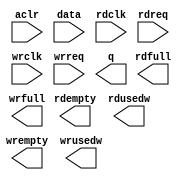
module alt_fifo_32b_64w (
	aclr,
	data,
	rdclk,
	rdreq,
	wrclk,
	wrreq,
	q,
	rdempty,
	rdfull,
	rdusedw,
	wrempty,
	wrfull,
	wrusedw);

	input	  aclr;
	input	[31:0]  data;
	input	  rdclk;
	input	  rdreq;
	input	  wrclk;
	input	  wrreq;
	output	[31:0]  q;
	output	  rdempty;
	output	  rdfull;
	output	[5:0]  rdusedw;
	output	  wrempty;
	output	  wrfull;
	output	[5:0]  wrusedw;
`ifndef ALTERA_RESERVED_QIS
// synopsys translate_off
`endif
	tri0	  aclr;
`ifndef ALTERA_RESERVED_QIS
// synopsys translate_on
`endif

endmodule